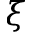
\xi